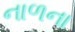
નાળના